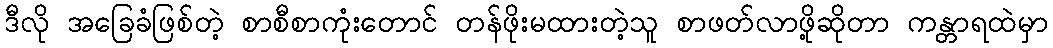
ဒီလို အခြေခံဖြစ်တဲ့ စာစီစာကုံးတောင် တန်ဖိုးမထားတဲ့သူ စာဖတ်လာဖို့ဆိုတာ ကန္တာရထဲမှာ